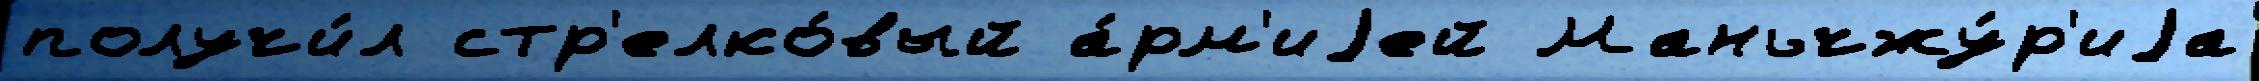
получи́л стр'елко́вый а́рм'иjей Маньчжу́р'иjа